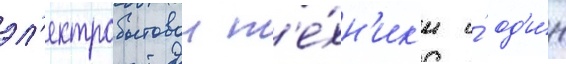
эл'ектробытовои т'е́хн'ик'и и́ од'и́н